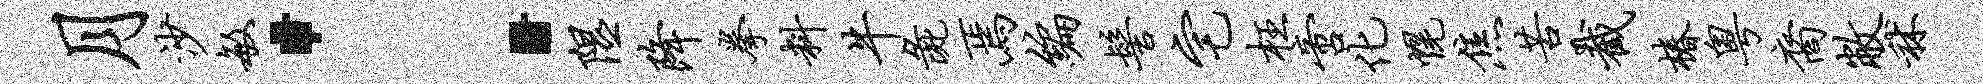
月沙敏：隰降拳料牛彘焉编髻宅枉啻化幌焦苦截椿粤裔敝秫